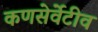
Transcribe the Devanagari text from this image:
कणसेर्वेटीव